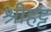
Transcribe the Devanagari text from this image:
श्रीहट्ट